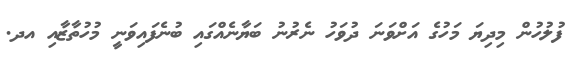
ފުލުހުން މިދިޔަ މަހުގެ އަށްވަނަ ދުވަހު ނެރުނު ބަޔާނެއްގައި ބުނެފައިވަނީ މުހުތާޒާއި އދ.